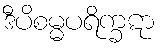
ဒီပိစမ္မပရိက္ခဋာ